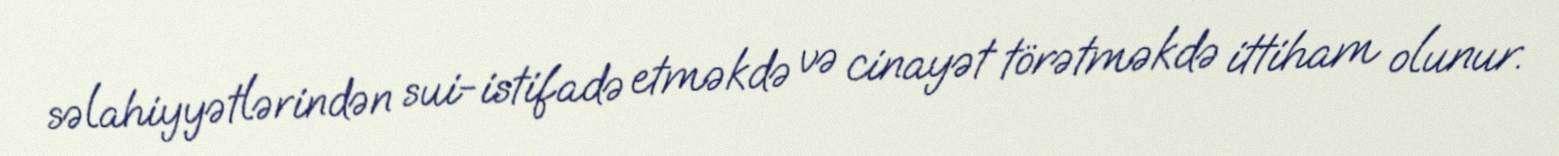
səlahiyyətlərindən sui-istifadə etməkdə və cinayət törətməkdə ittiham olunur.